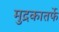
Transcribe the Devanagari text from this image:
मुद्रकातर्फे